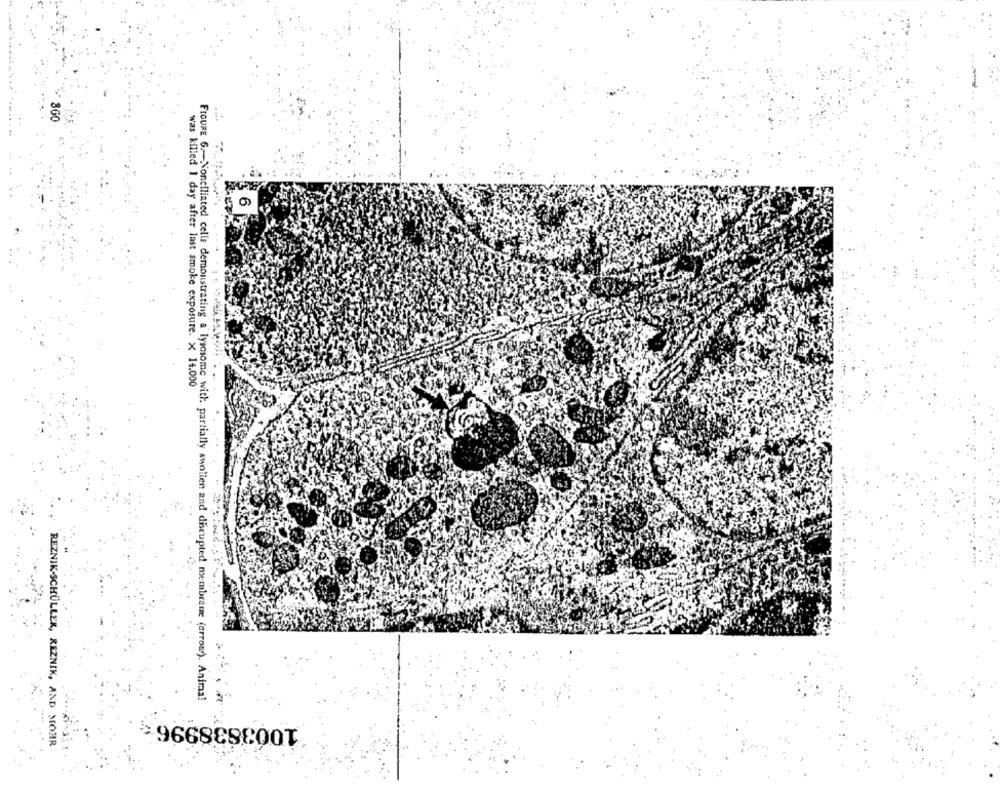
360
was killed 1 day after last smoke exposure. x 14.000
FIGURE 6 .- Nonciliated cells demonstrating a lysosome with. partially swollen and disrupted membrane (arrowr). Animaal
1003838996
REZNIK-SCHÜLLER, REZNIK, AND MOHR